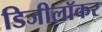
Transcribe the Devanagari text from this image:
डिजीलॉकर